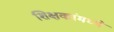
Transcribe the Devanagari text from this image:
शिक्षकांमध्ये